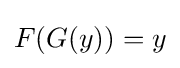
F(G(y))=y